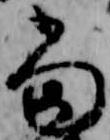
当